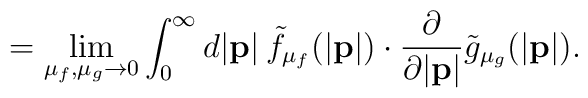
\:\:\:\:\:\:\:\:\:\:\:\:\:\:\:\:\:\:=\lim_{\mu_{f},\mu_{g} \to 0}\int_{0}^{\infty}d|{\bf p}|\:{\tilde f}_{{\mu}_{f}}(|{\bf p}|)\cdot\frac{\partial}{\partial |{\bf p}|}{\tilde g}_{{\mu}_{g}}(|{\bf p}|).